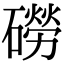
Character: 磱